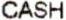
CASH